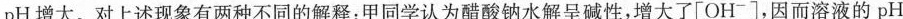
pH增大。对上述现象有两种不同的解释：甲同学认为醋酸钠水解呈碱性，增大了[OH^{-}]，因而溶液的pH